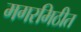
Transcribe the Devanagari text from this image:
मगरमिठीत